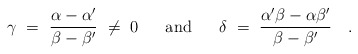
\begin{align*} \gamma~=~{\alpha-\alpha' \over \beta-\beta'}~\neq~0~~~~~\mbox{and}~~~~~ \delta~=~{\alpha'\beta-\alpha\beta' \over \beta-\beta'}~~~.\end{align*}